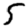
Digit: 5